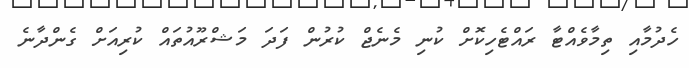
ހެދުމާއި ތިމާވެއްޓާ ރައްޓެހިކޮށް ކުނި މެނެޖް ކުރުން ފަދަ މަޝްރޫއުތައް ކުރިއަށް ގެންދާނެ